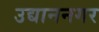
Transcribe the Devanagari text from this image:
उद्याननगर